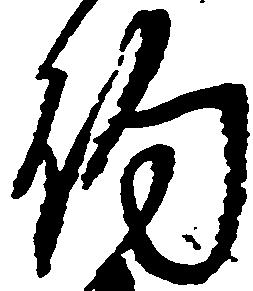
約